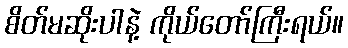
စိတ်မဆိုးပါနဲ့ ကိုယ်တော်ကြီးရယ်။